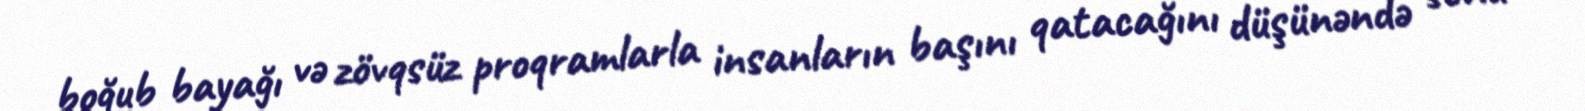
boğub bayağı və zövqsüz proqramlarla insanların başını qatacağını düşünəndə sonu